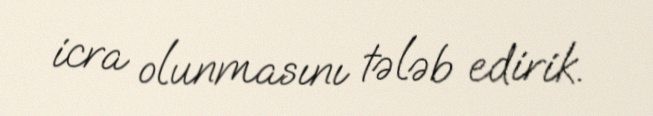
icra olunmasını tələb edirik.